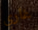
غاري